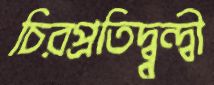
চিরপ্রতিদ্ব্বন্দ্বী